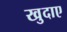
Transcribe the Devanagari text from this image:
खुदाए